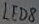
Text: LED8